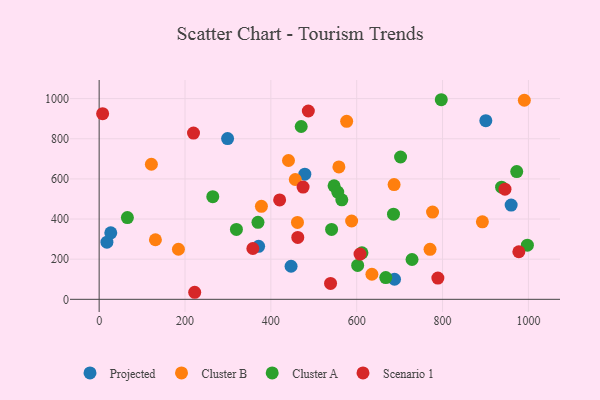
{"axis": {"x": "Speed", "y": "Salary"}, "legend": ["Cluster A", "Cluster B", "Projected", "Scenario 1"], "data": [{"x": "959.8", "y": 469.7, "type": "Projected"}, {"x": "900.8", "y": 890.2, "type": "Projected"}, {"x": "299.2", "y": 800.8, "type": "Projected"}, {"x": "447.1", "y": 164.8, "type": "Projected"}, {"x": "18.1", "y": 284.5, "type": "Projected"}, {"x": "27.1", "y": 331.5, "type": "Projected"}, {"x": "688.1", "y": 100.1, "type": "Projected"}, {"x": "479.1", "y": 623.7, "type": "Projected"}, {"x": "371.5", "y": 264.0, "type": "Projected"}, {"x": "462.0", "y": 382.9, "type": "Cluster B"}, {"x": "776.7", "y": 434.8, "type": "Cluster B"}, {"x": "892.8", "y": 385.9, "type": "Cluster B"}, {"x": "121.7", "y": 673.0, "type": "Cluster B"}, {"x": "456.9", "y": 597.0, "type": "Cluster B"}, {"x": "635.4", "y": 124.9, "type": "Cluster B"}, {"x": "378.0", "y": 463.3, "type": "Cluster B"}, {"x": "558.5", "y": 659.6, "type": "Cluster B"}, {"x": "441.1", "y": 691.7, "type": "Cluster B"}, {"x": "184.7", "y": 249.4, "type": "Cluster B"}, {"x": "576.6", "y": 887.0, "type": "Cluster B"}, {"x": "990.5", "y": 991.9, "type": "Cluster B"}, {"x": "131.1", "y": 296.9, "type": "Cluster B"}, {"x": "687.1", "y": 571.6, "type": "Cluster B"}, {"x": "588.2", "y": 390.2, "type": "Cluster B"}, {"x": "770.8", "y": 249.2, "type": "Cluster B"}, {"x": "547.3", "y": 565.4, "type": "Cluster A"}, {"x": "565.3", "y": 495.5, "type": "Cluster A"}, {"x": "685.7", "y": 424.0, "type": "Cluster A"}, {"x": "667.7", "y": 108.4, "type": "Cluster A"}, {"x": "797.0", "y": 994.5, "type": "Cluster A"}, {"x": "319.8", "y": 348.2, "type": "Cluster A"}, {"x": "612.2", "y": 231.6, "type": "Cluster A"}, {"x": "541.5", "y": 348.2, "type": "Cluster A"}, {"x": "65.8", "y": 407.3, "type": "Cluster A"}, {"x": "264.7", "y": 511.6, "type": "Cluster A"}, {"x": "602.2", "y": 169.0, "type": "Cluster A"}, {"x": "972.8", "y": 636.6, "type": "Cluster A"}, {"x": "997.6", "y": 270.0, "type": "Cluster A"}, {"x": "555.8", "y": 534.2, "type": "Cluster A"}, {"x": "702.2", "y": 709.0, "type": "Cluster A"}, {"x": "937.5", "y": 558.7, "type": "Cluster A"}, {"x": "370.0", "y": 383.7, "type": "Cluster A"}, {"x": "728.9", "y": 198.4, "type": "Cluster A"}, {"x": "470.7", "y": 861.2, "type": "Cluster A"}, {"x": "487.3", "y": 938.2, "type": "Scenario 1"}, {"x": "420.5", "y": 495.2, "type": "Scenario 1"}, {"x": "462.7", "y": 308.4, "type": "Scenario 1"}, {"x": "539.1", "y": 79.1, "type": "Scenario 1"}, {"x": "219.8", "y": 828.1, "type": "Scenario 1"}, {"x": "475.1", "y": 559.2, "type": "Scenario 1"}, {"x": "8.1", "y": 925.1, "type": "Scenario 1"}, {"x": "222.6", "y": 35.1, "type": "Scenario 1"}, {"x": "358.1", "y": 253.2, "type": "Scenario 1"}, {"x": "977.7", "y": 237.0, "type": "Scenario 1"}, {"x": "607.7", "y": 225.6, "type": "Scenario 1"}, {"x": "945.4", "y": 548.6, "type": "Scenario 1"}, {"x": "789.1", "y": 106.0, "type": "Scenario 1"}]}